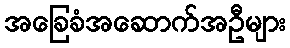
အခြေခံအဆောက်အဦများ